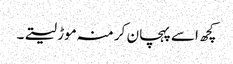
کچھ اسے پہچان کر منہ موڑ لیتے۔